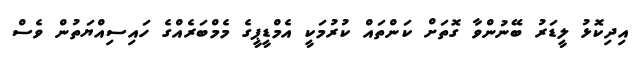
އިދިކޮޅު ލީޑަރު ބޭނުންވާ ގޮތަށް ކަންތައް ކުރުމަކީ އެމްޑީޕީގެ މެމްބަރެއްގެ ހައިސިއްޔަތުން ވެސް